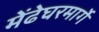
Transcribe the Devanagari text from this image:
मेंढेघरमार्गे